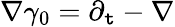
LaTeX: \nabla\gamma_{0}=\partial_{\mathtt{t}}-\nabla